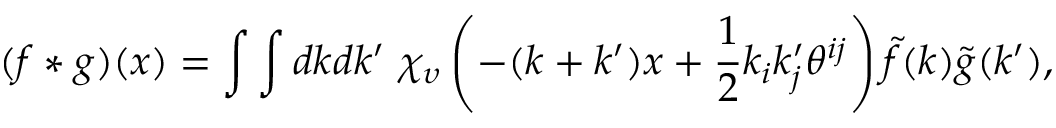
( f \ast g ) ( x ) = \int \int d k d k ^ { \prime } \ \chi _ { \upsilon } \left( - ( k + k ^ { \prime } ) x + \frac 1 2 k _ { i } k _ { j } ^ { \prime } \theta ^ { i j } \right) \tilde { f } ( k ) \tilde { g } ( k ^ { \prime } ) ,